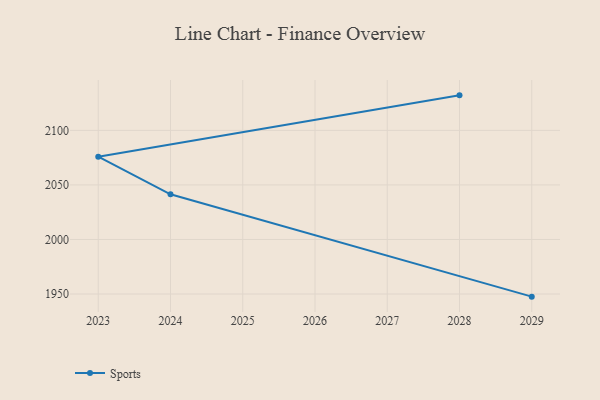
{"axis": {"x": "Year", "y": "Production Output"}, "legend": ["Sports"], "data": [{"x": "2028", "y": 2132.1, "type": "Sports"}, {"x": "2023", "y": 2075.9, "type": "Sports"}, {"x": "2024", "y": 2041.4, "type": "Sports"}, {"x": "2029", "y": 1947.6, "type": "Sports"}]}